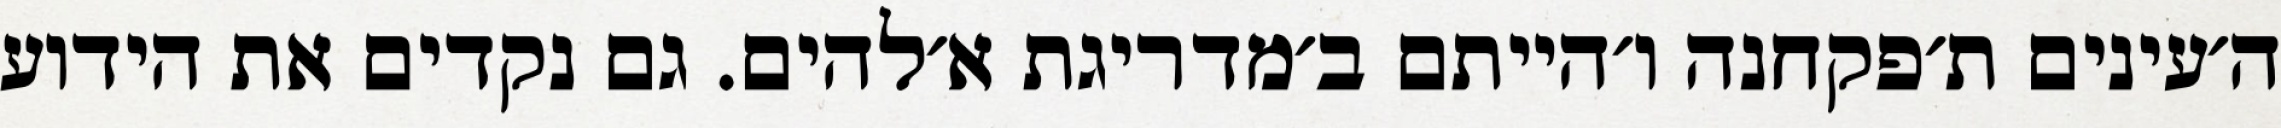
ה׳עינים ת׳פקחנה ו׳הייתם ב׳מדריגת א׳להים. גם נקדים את הידוע